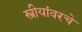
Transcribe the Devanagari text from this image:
स्त्रीयांवरचे